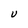
Character: U